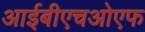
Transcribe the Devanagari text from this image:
आईबीएचओएफ